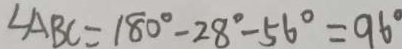
\angle A B C = 1 8 0 ^ { \circ } - 2 8 ^ { \circ } - 5 6 ^ { \circ } = 9 6 ^ { \circ }